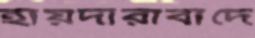
হায়দারাবাদে